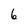
Character: 6